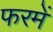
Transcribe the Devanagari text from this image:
फरमें